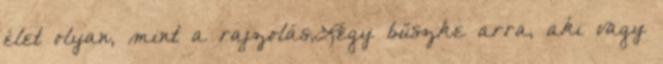
élet olyan, mint a rajzolás,Légy büszke arra, aki vagy